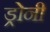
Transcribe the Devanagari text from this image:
ड्रोनी